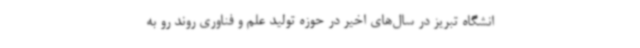
انشگاه تبریز در سال‌های اخیر در حوزه تولید علم و فناوری روند رو به